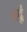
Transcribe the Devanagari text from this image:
वर्दूं